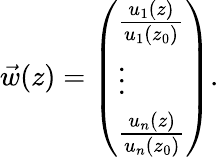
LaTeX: \vec{w}(z)=\left(\begin{array}{l}{\frac{u_{1}(z)}{u_{1}(z_{0})}}\\ {\vdots}\\ {\frac{u_{n}(z)}{u_{n}(z_{0})}}\end{array}\right).